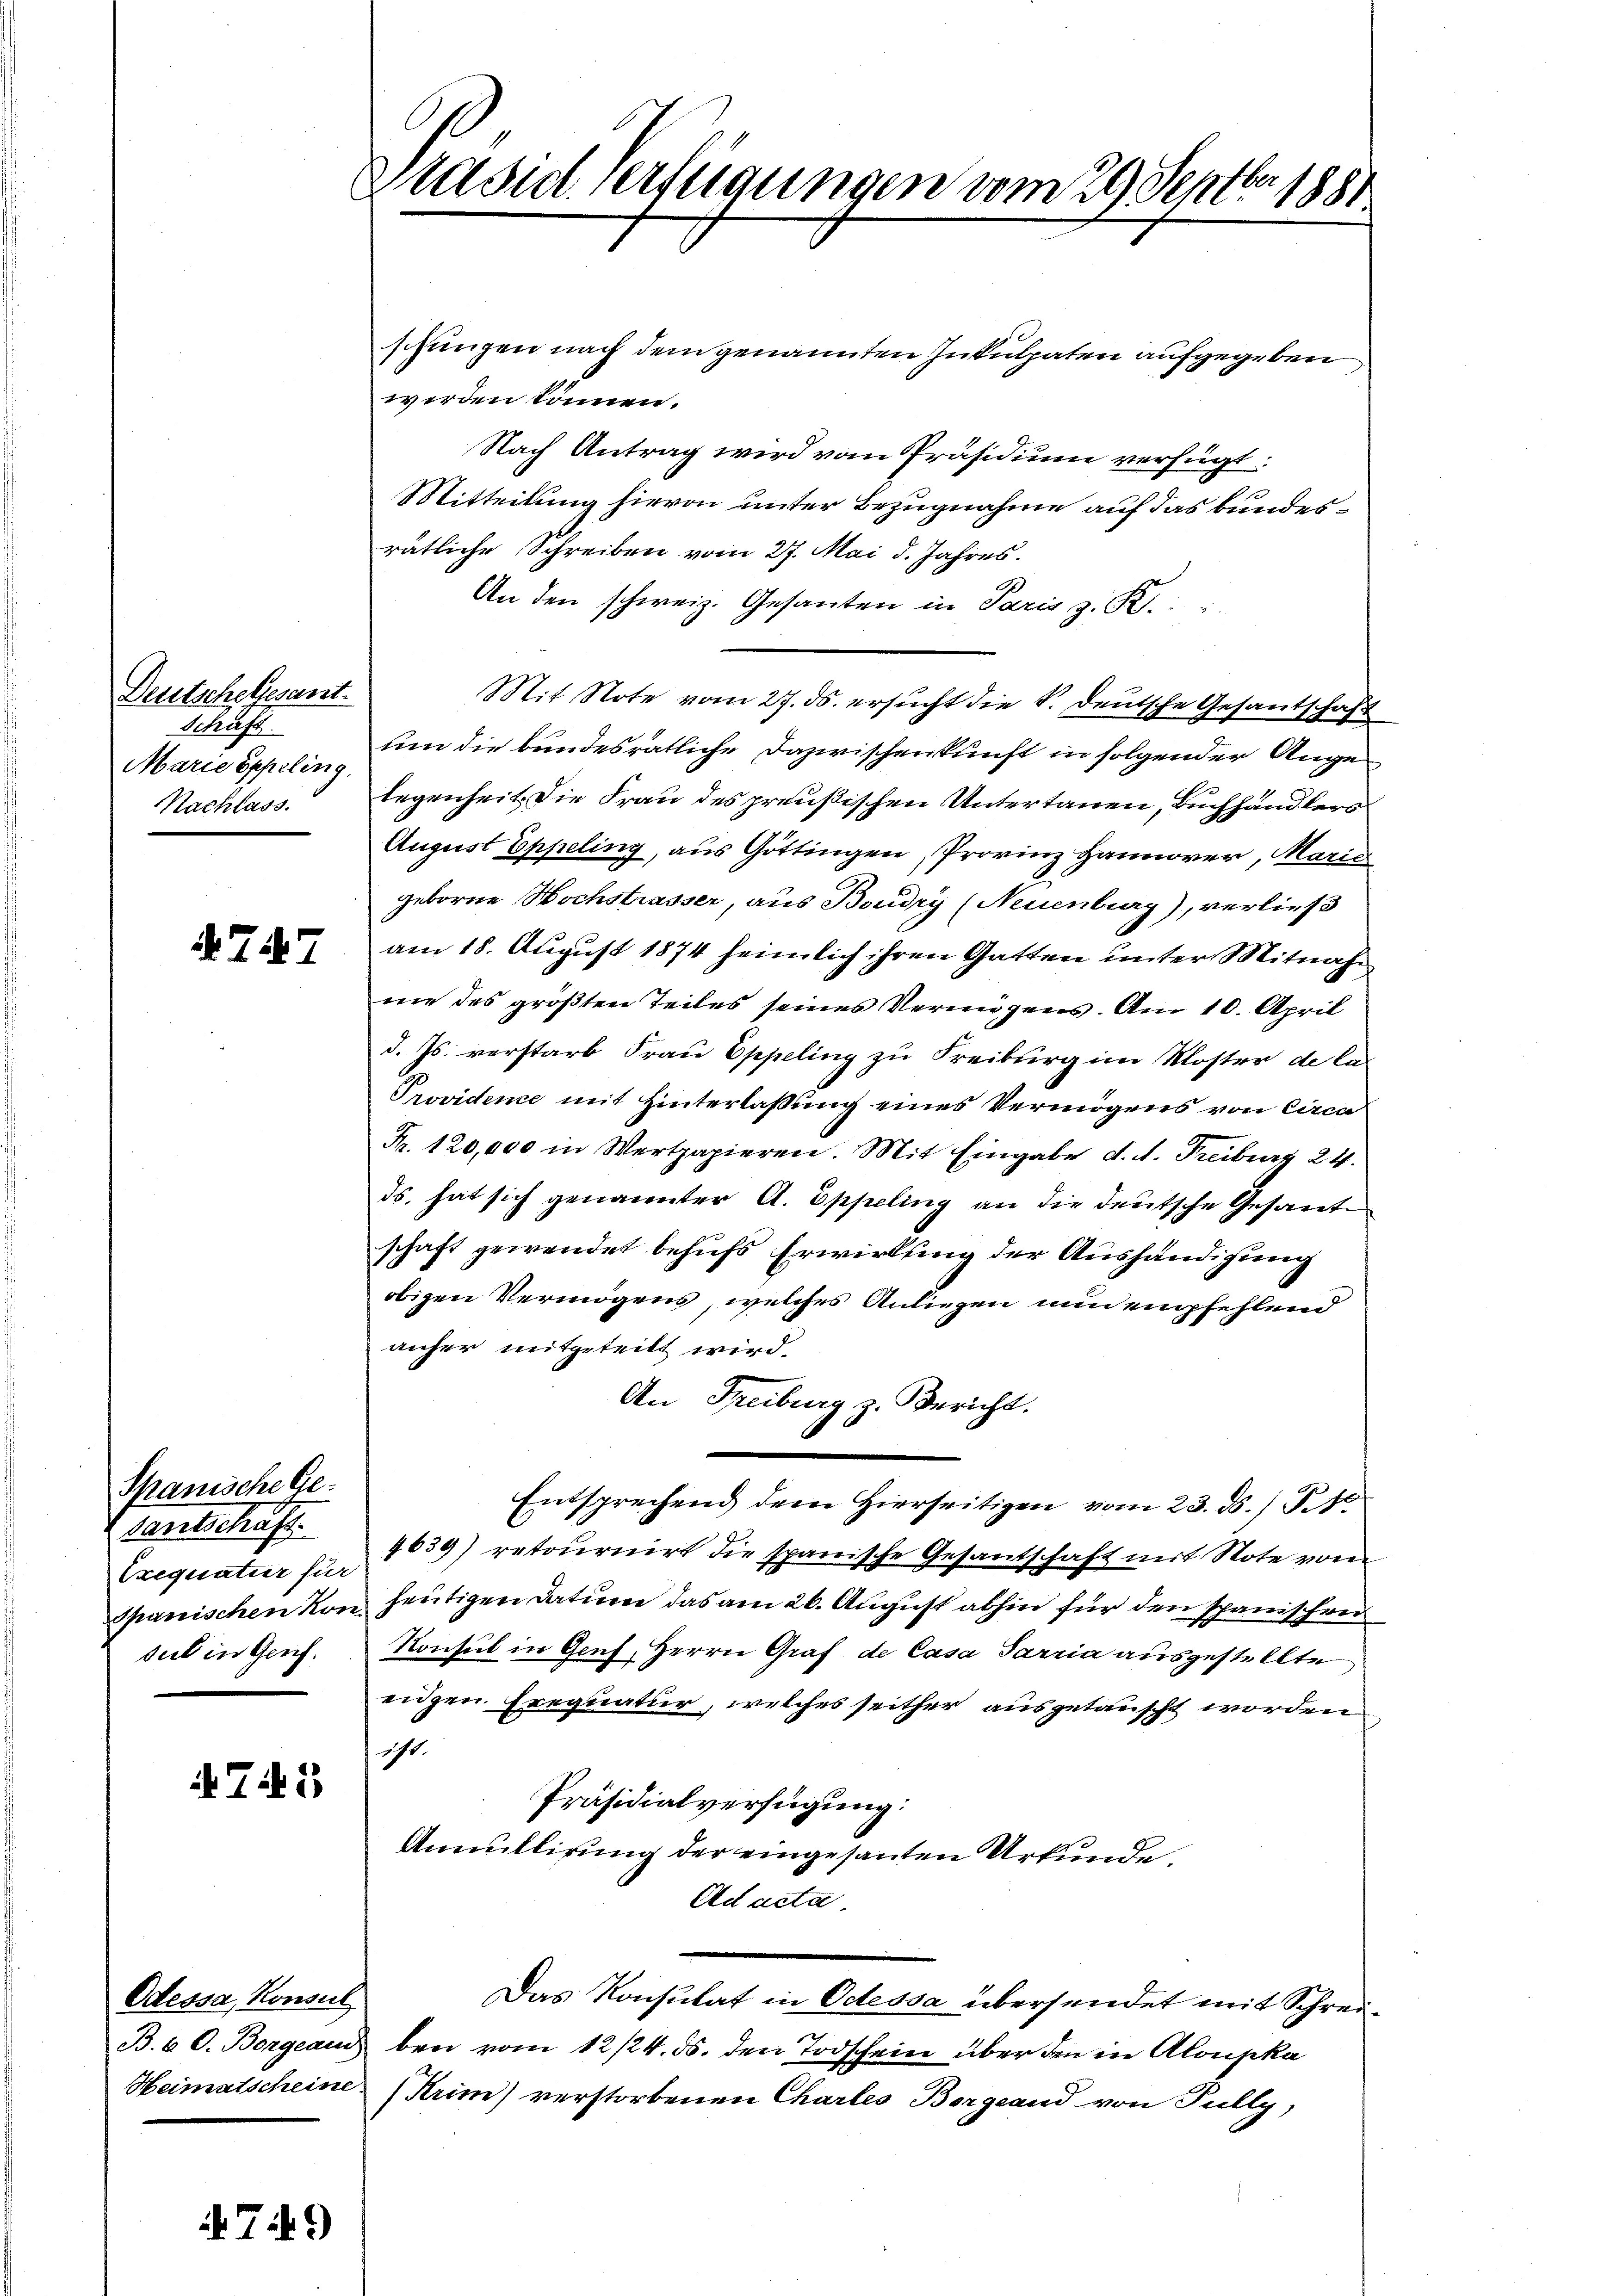
Deutsche Gesant.
Schäft.
Marie Eppeling.
Nachlass.

4747

Spanische Geantschaft
Exequatur für
Spanischen Kon
seit in Genf.

741.

Odessa, Konsul

79

Präsid verfügungen vom 29. Septbr. 1881

schungen nach dem genannten Inkulpaten aufgegeben
werden können.
Nach Antrag wird vom Präsidium verfügt:
u
Mitteilung hievon unter Bezugnahme auf das bundesrätliche Schreiben vom 27. Mai d. Jahres.
An den schweiz. Gesanten in Paris z. R.
Mit Note vom 27. ds. ersucht die S. deutsche Gesantschaft
um die bundesrätliche Dazwischenkunft in folgender Angelegenheit die Frau des preußischen Untertauen, Buchhändlers
August Eppeling, aus Göttingen, Provinz Hannover, Maria
geborne Hochstrasser, aus Boudry (Neuenburg), verließ
am 18. August 1874 heimlich ihren Gatten unter Mitnahne des größten Teiles seines Vermögens. Am 10. April
d. Js. verstarb Frau Eppeling zu Freiburg im Moster de la
Providence mit Hinterlassung eines Vermögens von Circa
Fr. 120,000 in Wertpapieren. Mit Eingabe d. d. Freiburg 24.
ds. hat sich genannter A. Eppeling an die deutsche Gesand
schaft gewendet behufs Erwirkung der Aushändigung
obigen Vermögens, welches Anliegen nun empfehlend
anher mitgeteilt wird.
An Freiburg z. Bericht.
Entsprechend dem Hierseitigen vom 23. ds. et
4639) retournirt die spanische Gesantschaft mit Note vom
heutigen Datum das am 26. August abhin für den spanischen
Konsul in Genf, Herrn Graf de Casa Sarria ausgestellte
eidgen. Eregnatur, welches seither ausgetauscht worden
ist.
Präsidialverfügung:
Annullirung der eingesanten Urkunde.
Ad acta
Das Konsulat in Odessa übersendet mit Schrei¬
B. 6. O. Borgeaus bei vom 12/24. ds. den Todschein über den in Aloupka
Heimatscheine (Krim) verstorbenen Chartes Bergrand von Fully,